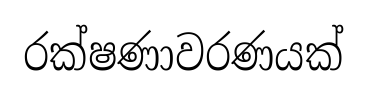
රක්ෂණාවරණයක්